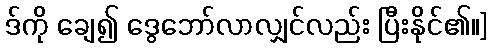
ဒ်ကို ချေ၍ ဒွေဘော်လာလျှင်လည်း ပြီးနိုင်၏။]